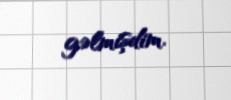
gəlmişdim.